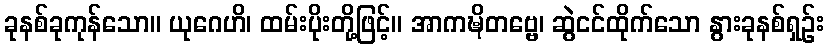
ခုနစ်ခုကုန်သော။ ယုဂေဟိ၊ ထမ်းပိုးတို့ဖြင့်။ အာကဍ္ဎိတဗ္ဗေ၊ ဆွဲငင်ထိုက်သော နွားခုနစ်ရှဉ်း